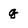
Character: q